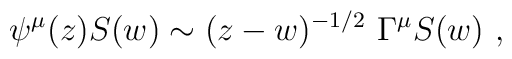
\psi^\mu(z) S(w) \sim (z-w)^{-1/2}\ \Gamma^\mu S(w)\ ,